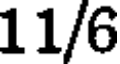
11/6